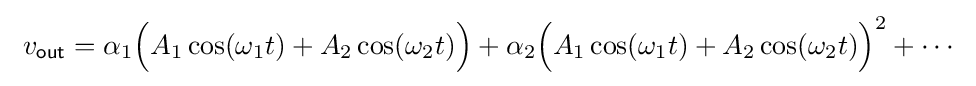
\ v_{\mathsf {out}}=\alpha _{1}{\Bigl (}A_{1}\cos(\omega _{1}t)+A_{2}\cos(\omega _{2}t){\Bigr )}+\alpha _{2}{\Bigl (}A_{1}\cos(\omega _{1}t)+A_{2}\cos(\omega _{2}t){\Bigr )}^{2}+\cdots \